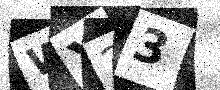
Text: WY23